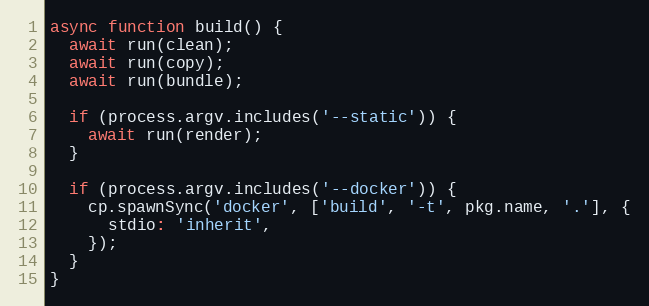
Language: JavaScript
async function build() {
  await run(clean);
  await run(copy);
  await run(bundle);

  if (process.argv.includes('--static')) {
    await run(render);
  }

  if (process.argv.includes('--docker')) {
    cp.spawnSync('docker', ['build', '-t', pkg.name, '.'], {
      stdio: 'inherit',
    });
  }
}